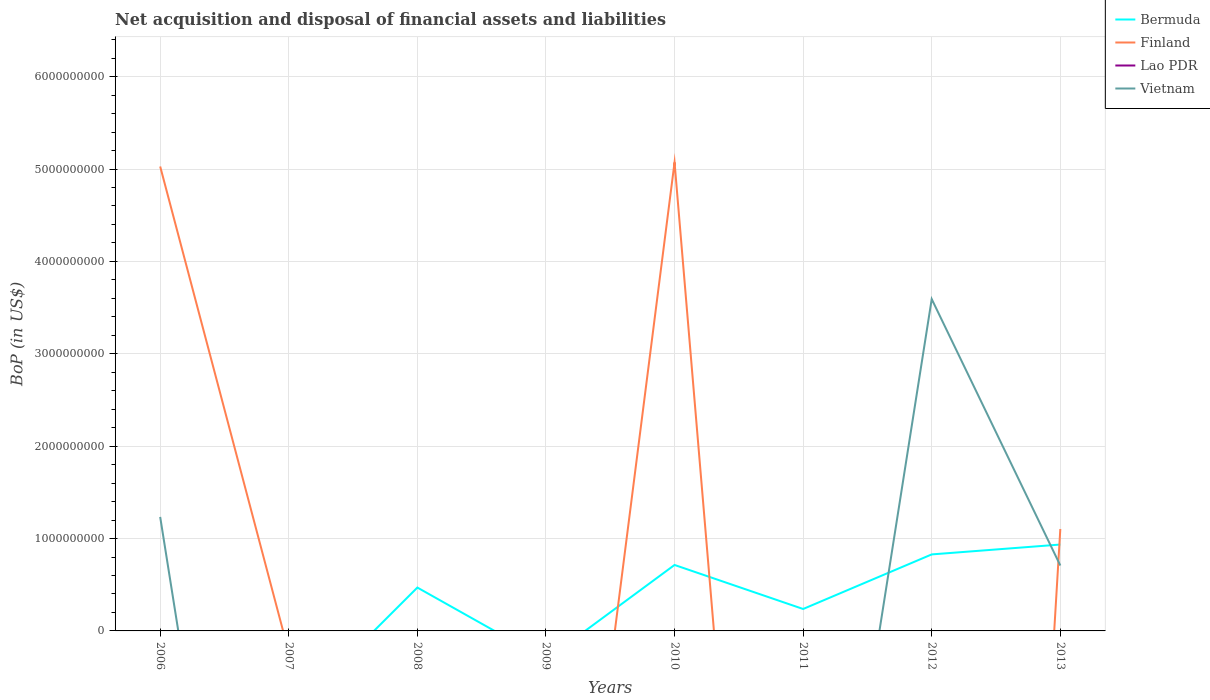
| Years | Bermuda | Finland | Lao PDR | Vietnam |
 | --- | --- | --- | --- | --- |
 | 2006 | -1.6e+09 | 5.03e+09 | -3.27e+08 | 1.23e+09 |
 | 2007 | -9.21e+08 | -2.32e+08 | -5.96e+08 | -7.53e+09 |
 | 2008 | 4.69e+08 | -4.83e+09 | -3.32e+08 | -1.19e+10 |
 | 2009 | -3.12e+08 | -5.85e+09 | -5.84e+08 | -1.56e+10 |
 | 2010 | 7.14e+08 | 5.07e+09 | -3.73e+08 | -7.97e+09 |
 | 2011 | 2.37e+08 | -1.15e+10 | -5.28e+08 | -5.24e+09 |
 | 2012 | 8.28e+08 | -2.22e+10 | -8.23e+08 | 3.59e+09 |
 | 2013 | 9.35e+08 | 1.1e+09 | -8.54e+08 | 7.08e+08 |